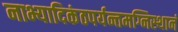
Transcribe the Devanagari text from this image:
नाभ्यादिकंठपर्यन्तमग्निस्थानं